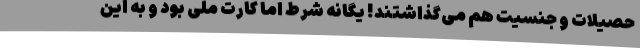
حصیلات و جنسیت هم می‌گذاشتند! یگانه شرط اما کارت ملی بود و به این